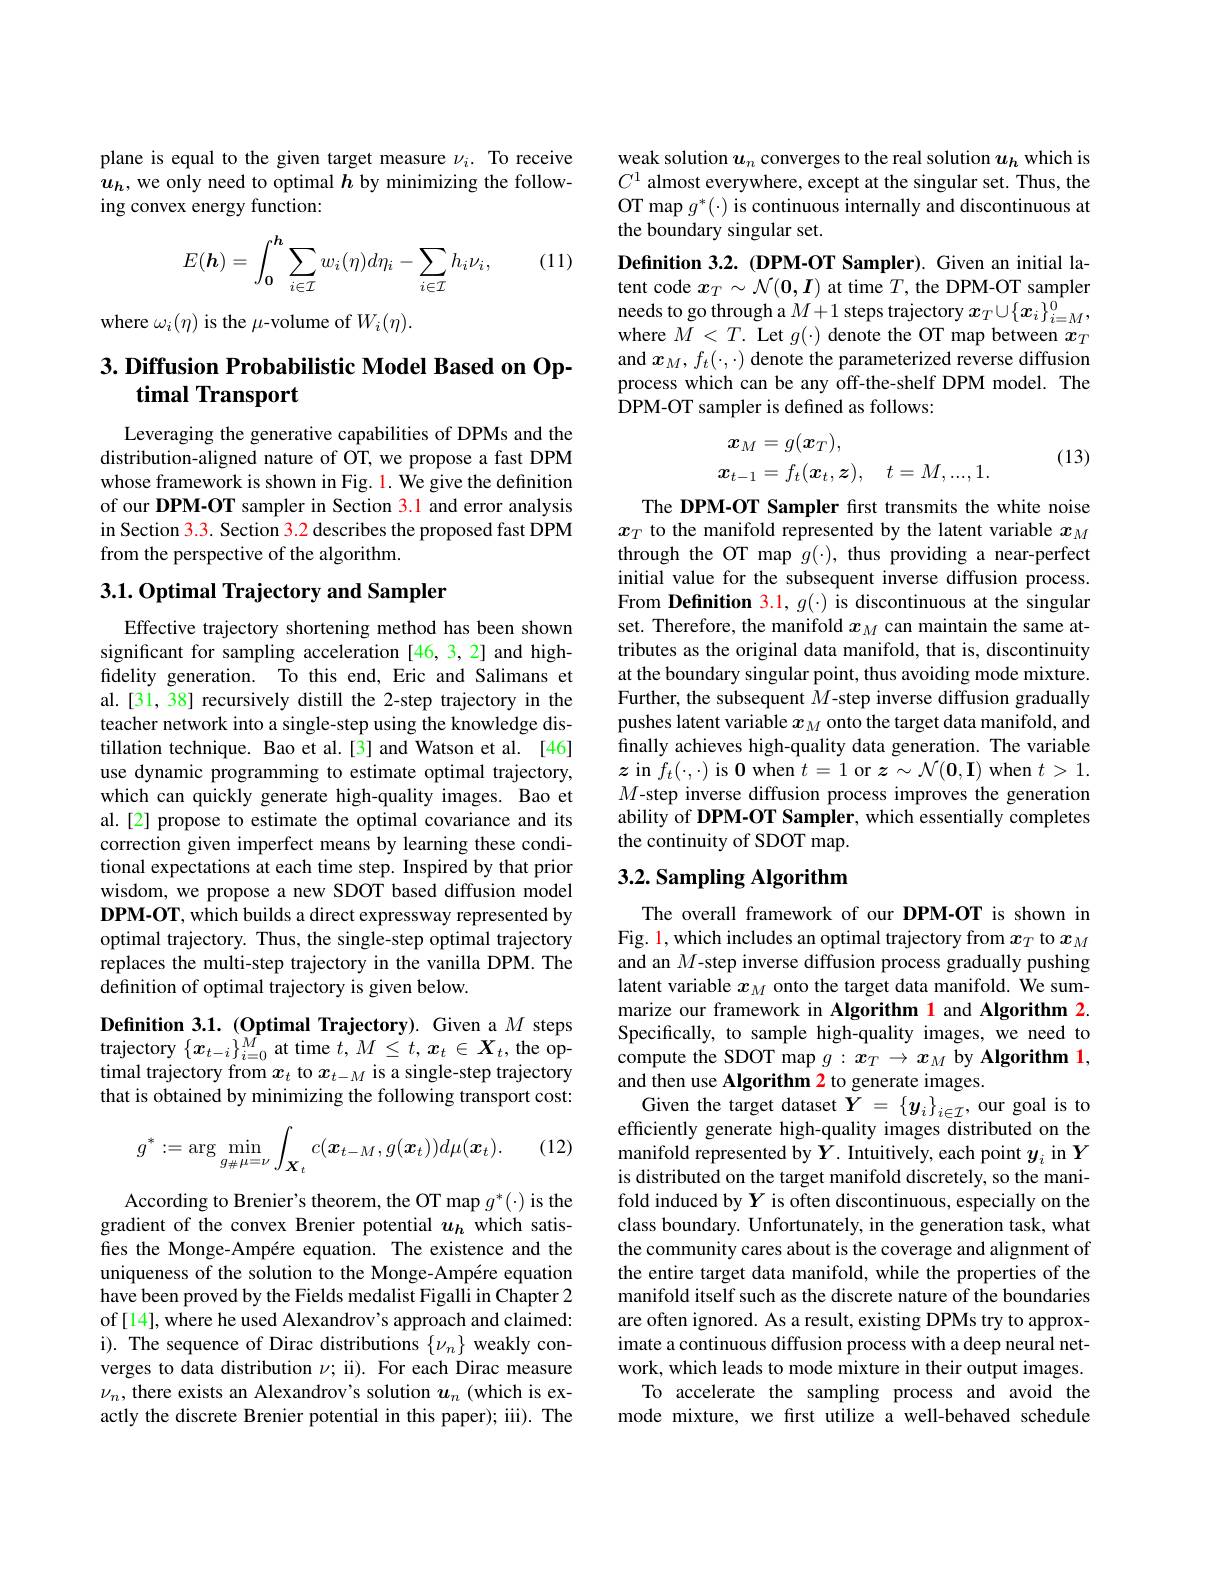
plane is equal to the given target measure $\nu_i.$ To receive $u_h$, we only need to optimal $h$ by minimizing the following convex energy function:

(11)
$$E(\boldsymbol{h})=\int_{\boldsymbol{0}}^{\boldsymbol{h}}\sum_{i\in\mathcal{I}}w_i(\eta)d\eta_i-\sum_{i\in\mathcal{I}}h_i\nu_i,$$
where $\omega_i(\eta)$ is the $\mu$-volume of $W_i(\eta).$

## $3. \textbf{Diffusion Probabilistic Model Based on Op- }$ timal Transport

Leveraging the generative capabilities of DPMs and the distribution-aligned nature of OT, we propose a fast DPM whose framework is shown in Fig. 1. We give the definition of our DPM-OT sampler in Section 3.1 and error analysis in Section 3.3. Section 3.2 describes the proposed fast DPM from the perspective of the algorithm.

## 3.1.0ptimal Trajectory and Sampler

Effective trajectory shortening method has been shown significant for sampling acceleration [46,3,2] and highfidelity generation. To this end, Eric and Salimans et al.[31, 38] recursively distill the 2-step trajectory in the teacher network into a single-step using the knowledge distillation technique. Bao et al.[3] and Watson et al. [46] use dynamic programming to estimate optimal trajectory, which can quickly generate high-quality images. Bao et al.[2] propose to estimate the optimal covariance and its correction given imperfect means by learning these conditional expectations at each time step. Inspired by that prior wisdom, we propose a new SDOT based diffusion model DPM-OT, which builds a direct expressway represented by optimal trajectory. Thus, the single-step optimal trajectory replaces the multi-step trajectory in the vanilla DPM. The definition of optimal trajectory is given below.

Definition 3.1. (Optimal Trajectory). Given a $M$ steps trajectory $\{x_{t-i}\}_{i=0}^{M}$ at time $t,M\leq t,\boldsymbol{x}_{t}\in\boldsymbol{X}_{t}$, the optimal trajectory from $x_t$ to $x_{t-M}$ is a single-step trajectory that is obtained by minimizing the following transport cost:

(12)
$$g^*:=\arg\min_{g_\#\mu=\nu}\int_{\boldsymbol{X}_t}c(\boldsymbol{x}_{t-M},g(\boldsymbol{x}_t))d\mu(\boldsymbol{x}_t).$$
According to Brenier's theorem, the OT map $g^*(\cdot)$ is the gradient of the convex Brenier potential $u_h$ which satisfies the Monge-Ampére equation. The existence and the uniqueness of the solution to the Monge-Ampére equation have been proved by the Fields medalist Figalli in Chapter 2 of [14], where he used Alexandrov's approach and claimed: i). The sequence of Dirac distributions $\{\nu_n\}$ weakly converges to data distribution $\nu;$ ii). For each Dirac measure $\nu_n$, there exists an Alexandrov's solution $u_n$ (which is exactly the discrete Brenier potential in this paper); iii). The

weak solution $u_n$ converges to the real solution $u_h$ which is $C^1$ almost everywhere, except at the singular set. Thus, the OT map $g^*(\cdot)$ is continuous internally and discontinuous at the boundary singular set.

Definition 3.2. (DPM-OT Sampler). Given an initial latent code $x_T\sim\mathcal{N}(\mathbf{0},\boldsymbol{I})$ at time $T$, the DPM-OT sampler needs to go through a $M+1$ steps trajectory $x_T\cup\{\boldsymbol{x}_i\}_{i=M}^0$, where $\tilde{M}<T.$ Let $g(\cdot)$ denote the OT map between $x_T$ and $x_M,f_t(\cdot,\cdot)$ denote the parameterized reverse diffusion process which can be any off-the-shelf DPM model. The DPM-OT sampler is defined as follows:
$$\begin{aligned}\boldsymbol{x}_{M}&=g(\boldsymbol{x}_{T}),\\\boldsymbol{x}_{t-1}&=f_{t}(\boldsymbol{x}_{t},\boldsymbol{z}),\quad t=M,...,1.\end{aligned}$$
(13)

The DPM-OT Sampler fırst transmits the white noise $x_T$ to the manifold represented by the latent variable $x_M$ through the OT map $g(\cdot)$, thus providing a near-perfect initial value for the subsequent inverse diffusion process. From Definition 3.1, $g(\cdot)$ is discontinuous at the singular set. Therefore, the manifold $x_M$ can maintain the same attributes as the original data manifold, that is, discontinuity at the boundary singular point, thus avoiding mode mixture. Further, the subsequent $M$-step inverse diffusion gradually pushes latent variable $x_M$ onto the target data manifold, and finally achieves high-quality data generation. The variable $z$ in $f_t( \cdot , \cdot ) \textbf{is 0 when }t= 1$ or $\boldsymbol{z}\sim\mathcal{N}(\mathbf{0},\mathbf{I})$ when $t>1.$ $M$-step inverse diffusion process improves the generation ability of DPM-OT Sampler, which essentially completes the continuity of SDOT map.

## 3.2. Sampling Algorithm

The overall framework of our DPM-OT is shown in Fig. 1, which includes an optimal trajectory from $x_T$ to $x_M$ and an $M$-step inverse diffusion process gradually pushing latent variable $x_M$ onto the target data manifold. We summarize our framework in Algorithm 1 and Algorithm 2. Specifically, to sample high-quality images, we need to compute the SDOT map $g:x_T\to x_M$ by Algorithm 1, and then use Algorithm 2 to generate images.
Given the target dataset $Y=\{y_i\}_{i\in\mathcal{I}}$, our goal is to efficiently generate high-quality images distributed on the manifold represented by $Y.$ Intuitively, each point $y_i$ in $Y$ is distributed on the target manifold discretely, so the manifold induced by $Y$ is often discontinuous, especially on the class boundary. Unfortunately, in the generation task, what the community cares about is the coverage and alignment of the entire target data manifold, while the properties of the manifold itself such as the discrete nature of the boundaries are often ignored. As a result, existing DPMs try to approximate a continuous diffusion process with a deep neural network, which leads to mode mixture in their output images.
To accelerate the sampling process and avoid the mode mixture, we first utilize a well-behaved schedule